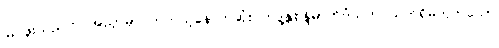
မြင်ဖူးသည်ဟု အညှာမှာ တကယ့်နောက်ဆုံး ဘဒ္ဒန္တစန္ဒိမာဘိဝံသက သက်ရှိမဟုတ်သော